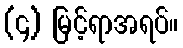
(၄) မြင့်ရာအရပ်။